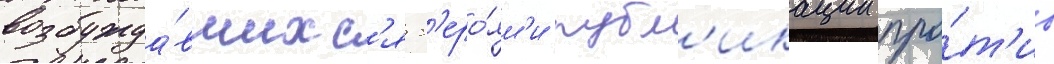
возбужда́вшихс'я г'еро́ям'и публ'икации про́т'ив